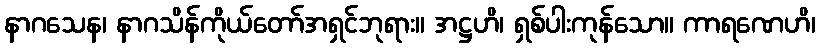
နာဂသေန၊ နာဂသိန်ကိုယ်တော်အရှင်ဘုရား။ အဋ္ဌဟိ၊ ရှစ်ပါးကုန်သော။ ကာရဏေဟိ၊